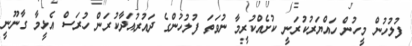
ފުލުހުން މީހުން ހައްޔަރުކުރަނީ ކުށެއްކުރީމާ ނުވަތަ ފުލުހުންގެ ދައުރުއަދާކުރަން ހުރަސް އެޅީމާ ގާނޫނީ